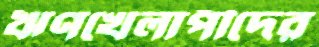
ঋণখেলাপীদের